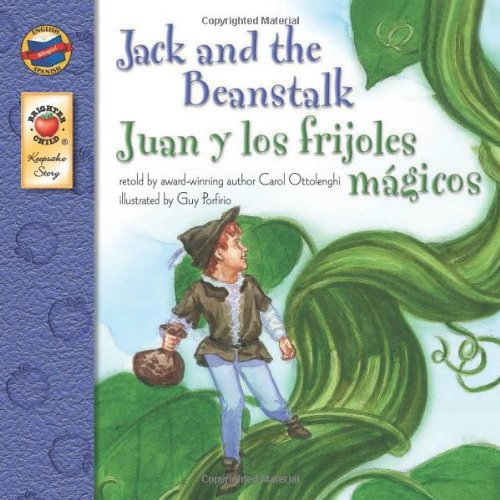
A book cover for Jack and the Beanstalk, Grades PK - 3: Juan y los frijoles magicos (Keepsake Stories); Carol Ottolenghi; Children's Books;